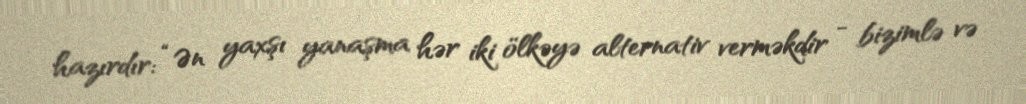
hazırdır: “Ən yaxşı yanaşma hər iki ölkəyə alternativ verməkdir - bizimlə və